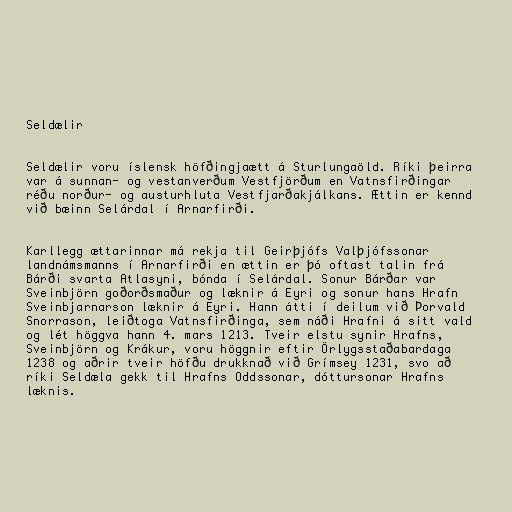
Seldælir

Seldælir voru íslensk höfðingjaætt á Sturlungaöld. Ríki þeirra
var á sunnan- og vestanverðum Vestfjörðum en Vatnsfirðingar
réðu norður- og austurhluta Vestfjarðakjálkans. Ættin er kennd
við bæinn Selárdal í Arnarfirði.

Karllegg ættarinnar má rekja til Geirþjófs Valþjófssonar
landnámsmanns í Arnarfirði en ættin er þó oftast talin frá
Bárði svarta Atlasyni, bónda í Selárdal. Sonur Bárðar var
Sveinbjörn goðorðsmaður og læknir á Eyri og sonur hans Hrafn
Sveinbjarnarson læknir á Eyri. Hann átti í deilum við Þorvald
Snorrason, leiðtoga Vatnsfirðinga, sem náði Hrafni á sitt vald
og lét höggva hann 4. mars 1213. Tveir elstu synir Hrafns,
Sveinbjörn og Krákur, voru höggnir eftir Örlygsstaðabardaga
1238 og aðrir tveir höfðu drukknað við Grímsey 1231, svo að
ríki Seldæla gekk til Hrafns Oddssonar, dóttursonar Hrafns
læknis.